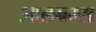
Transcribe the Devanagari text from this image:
आलबम्स